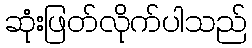
ဆုံးဖြတ်လိုက်ပါသည်